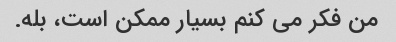
من فکر می کنم بسیار ممکن است، بله.